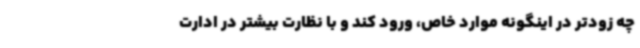
چه زودتر در اینگونه موارد خاص، ورود کند و با نظارت بیشتر در ادارت